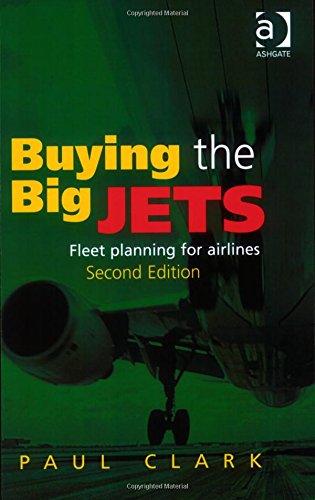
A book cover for Buying the Big Jets; Paul Clark; Business & Money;